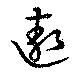
遨